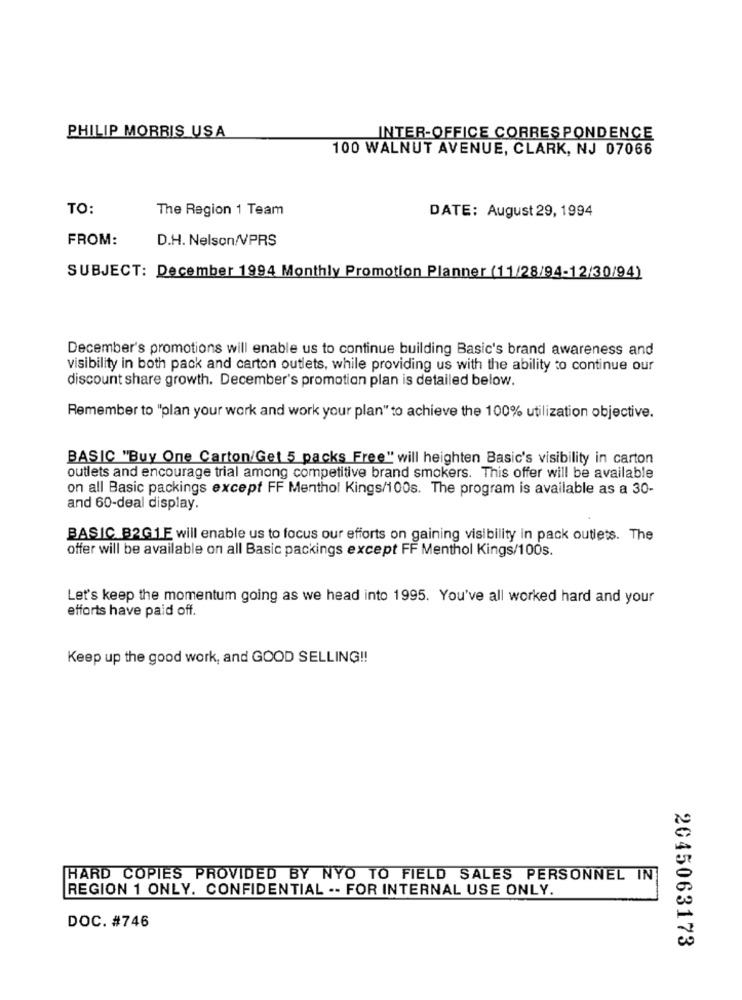
PHILIP MORRIS USA
INTER-OFFICE CORRESPONDENCE
100 WALNUT AVENUE, CLARK, NJ 07066
TO:
The Region 1 Team
DATE: August 29, 1994
FROM:
D.H. Nelson/VPRS
SUBJECT: December 1994 Monthly Promotion Planner (11/28/94-12/30/94)
December's promotions will enable us to continue building Basic's brand awareness and
visibility in both pack and carton outlets, while providing us with the ability to continue our
discount share growth. December's promotion plan is detailed below.
Remember to "plan your work and work your plan" to achieve the 100% utilization objective.
BASIC "Buy One Carton/Get 5 packs Free" will heighten Basic's visibility in carton
outlets and encourage trial among competitive brand smokers. This offer will be available
on all Basic packings except FF Menthol Kings/100s. The program is available as a 30-
and 60-deal display.
BASIC B2G1E will enable us to focus our efforts on gaining visibility in pack outlets. The
offer will be available on all Basic packings except FF Menthol Kings/100s.
Let's keep the momentum going as we head into 1995. You've all worked hard and your
efforts have paid off.
Keep up the good work, and GOOD SELLING !!
HARD COPIES PROVIDED BY NYO TO FIELD SALES PERSONNEL IN
REGION 1 ONLY. CONFIDENTIAL .. FOR INTERNAL USE ONLY.
DOC. #746
2045063173